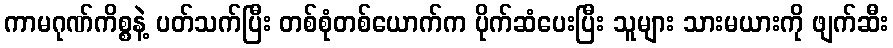
ကာမဂုဏ်ကိစ္စနဲ့ ပတ်သက်ပြီး တစ်စုံတစ်ယောက်က ပိုက်ဆံပေးပြီး သူများ သားမယားကို ဖျက်ဆီး